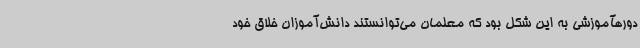
دورهآموزشی به این شکل بود که معلمان می‌توانستند دانش‌آموزان خلاق خود